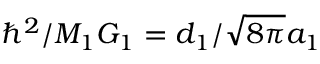
\hbar ^ { 2 } / M _ { 1 } G _ { 1 } = d _ { 1 } / \sqrt { 8 \pi } a _ { 1 }